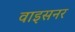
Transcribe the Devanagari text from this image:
वाइसनर